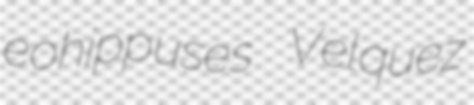
eohippuses Velquez